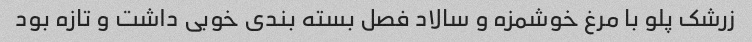
زرشک پلو با مرغ خوشمزه و سالاد فصل بسته بندی خوبی داشت و تازه بود